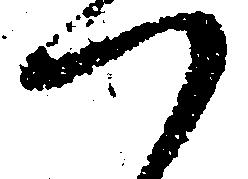
つ